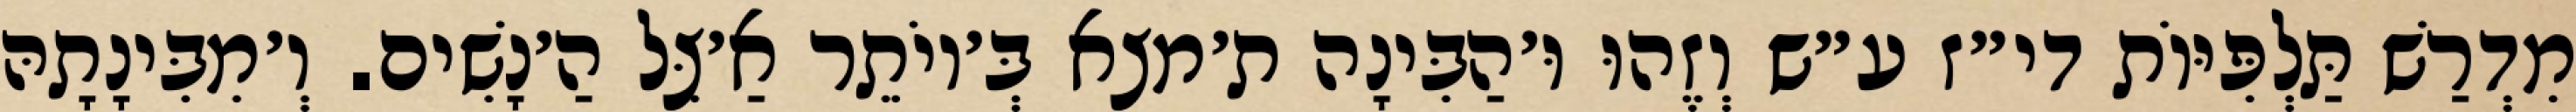
מִדְרַשׁ תַּלְפִּיּוֹת די״ז ע״ש וְזֶהוּ וּ׳הַבִּינָה ת׳מצא בְּ׳יוֹתֵר אַ׳צֵּל הַ׳נָשִׁים. וְ׳מִבִּינָתָהּ